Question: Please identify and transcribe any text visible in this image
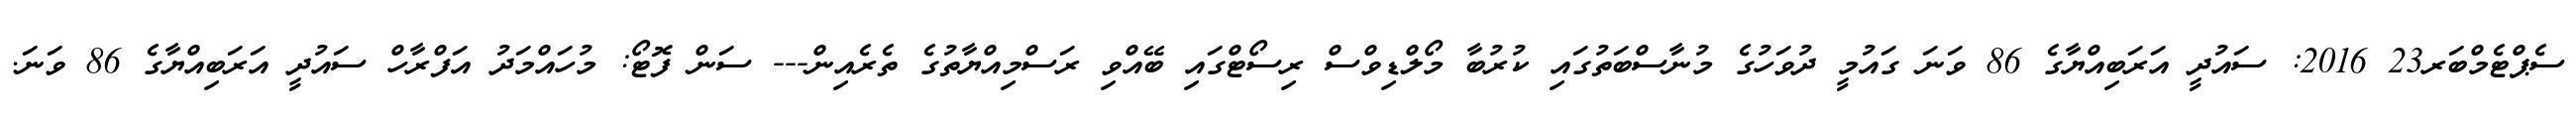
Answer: ސެޕްޓެމްބަރ23 2016: ސައުދީ އަރަބިއްޔާގެ 86 ވަނަ ގައުމީ ދުވަހުގެ މުނާސްބަތުގައި ކުރުބާ މޯލްޑިވްސް ރިސޯޓްގައި ބޭއްވި ރަސްމިއްޔާތުގެ ތެރެއިން--- ސަން ފޮޓޯ: މުހައްމަދު އަފްރާހް ސައުދީ އަރަބިއްޔާގެ 86 ވަނަ.